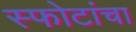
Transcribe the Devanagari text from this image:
स्फोटांचा